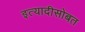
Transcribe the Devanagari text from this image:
इत्यादीसोबत